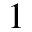
1